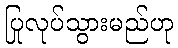
ပြုလုပ်သွားမည်ဟု